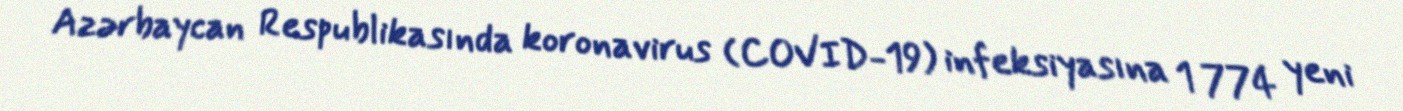
Azərbaycan Respublikasında koronavirus (COVID-19) infeksiyasına 1 774 yeni